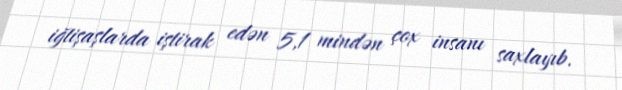
iğtişaşlarda iştirak edən 5,1 mindən çox insanı saxlayıb.